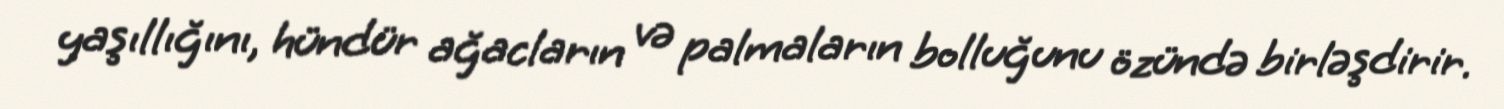
yaşıllığını, hündür ağacların və palmaların bolluğunu özündə birləşdirir.